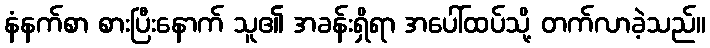
နံနက်စာ စားပြီးနောက် သူ၏ အခန်းရှိရာ အပေါ်ထပ်သို့ တက်လာခဲ့သည်။